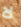
لا